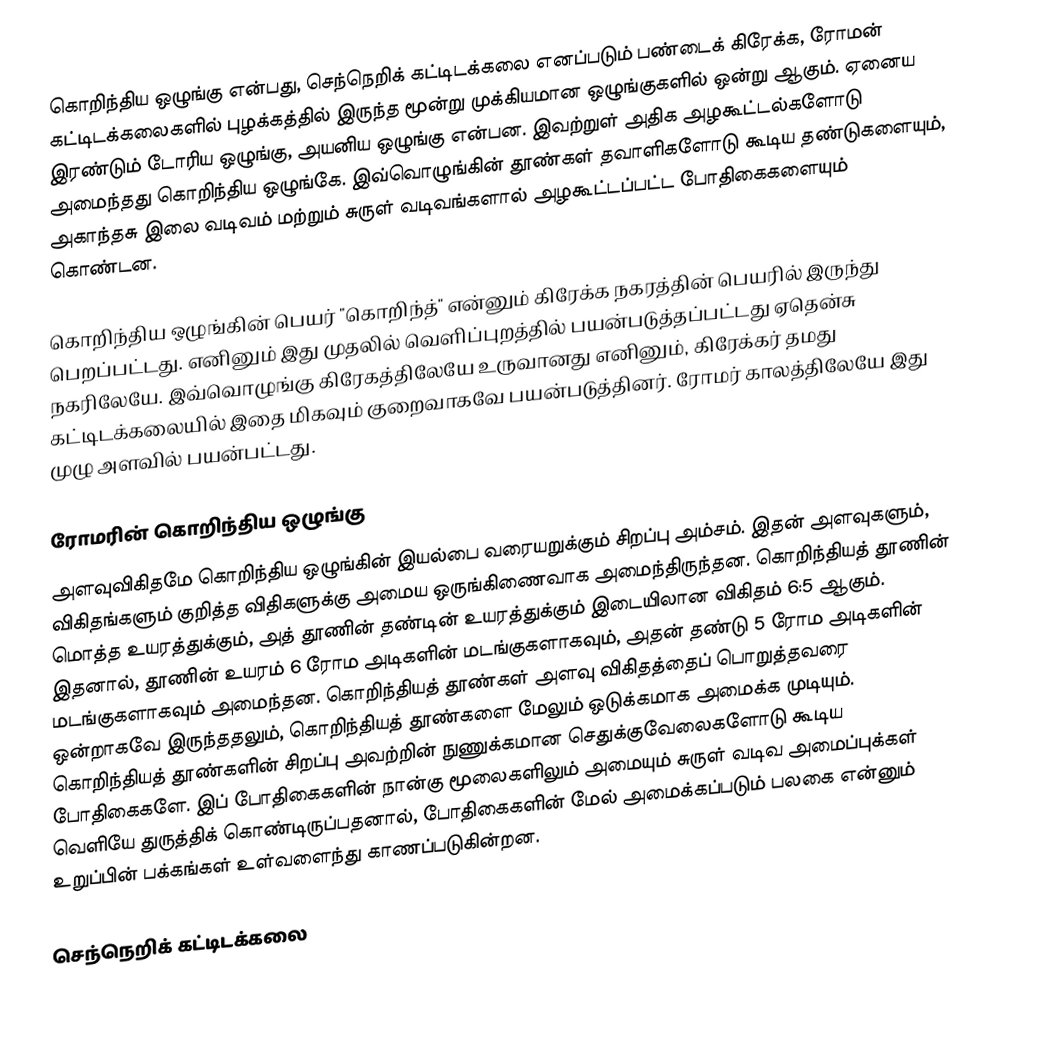
கொறிந்திய ஒழுங்கு என்பது, செந்நெறிக் கட்டிடக்கலை எனப்படும் பண்டைக் கிரேக்க, ரோமன் கட்டிடக்கலைகளில் புழக்கத்தில் இருந்த மூன்று முக்கியமான ஒழுங்குகளில் ஒன்று ஆகும். ஏனைய இரண்டும் டோரிய ஒழுங்கு, அயனிய ஒழுங்கு என்பன. இவற்றுள் அதிக அழகூட்டல்களோடு அமைந்தது கொறிந்திய ஒழுங்கே. இவ்வொழுங்கின் தூண்கள் தவாளிகளோடு கூடிய தண்டுகளையும், அகாந்தசு இலை வடிவம் மற்றும் சுருள் வடிவங்களால் அழகூட்டப்பட்ட போதிகைகளையும் கொண்டன.

கொறிந்திய ஒழுங்கின் பெயர் "கொறிந்த்" என்னும் கிரேக்க நகரத்தின் பெயரில் இருந்து பெறப்பட்டது. எனினும் இது முதலில் வெளிப்புறத்தில் பயன்படுத்தப்பட்டது ஏதென்சு நகரிலேயே. இவ்வொழுங்கு கிரேகத்திலேயே உருவானது எனினும், கிரேக்கர் தமது கட்டிடக்கலையில் இதை மிகவும் குறைவாகவே பயன்படுத்தினர். ரோமர் காலத்திலேயே இது முழு அளவில் பயன்பட்டது.

ரோமரின் கொறிந்திய ஒழுங்கு
அளவுவிகிதமே கொறிந்திய ஒழுங்கின் இயல்பை வரையறுக்கும் சிறப்பு அம்சம். இதன் அளவுகளும், விகிதங்களும் குறித்த விதிகளுக்கு அமைய ஒருங்கிணைவாக அமைந்திருந்தன. கொறிந்தியத் தூணின் மொத்த உயரத்துக்கும், அத் தூணின் தண்டின் உயரத்துக்கும் இடையிலான விகிதம் 6:5 ஆகும். இதனால், தூணின் உயரம் 6 ரோம அடிகளின் மடங்குகளாகவும், அதன் தண்டு 5 ரோம அடிகளின் மடங்குகளாகவும் அமைந்தன. கொறிந்தியத் தூண்கள் அளவு விகிதத்தைப் பொறுத்தவரை ஒன்றாகவே இருந்ததலும், கொறிந்தியத் தூண்களை மேலும் ஒடுக்கமாக அமைக்க முடியும். கொறிந்தியத் தூண்களின் சிறப்பு அவற்றின் நுணுக்கமான செதுக்குவேலைகளோடு கூடிய போதிகைகளே. இப் போதிகைகளின் நான்கு மூலைகளிலும் அமையும் சுருள் வடிவ அமைப்புக்கள் வெளியே துருத்திக் கொண்டிருப்பதனால், போதிகைகளின் மேல் அமைக்கப்படும் பலகை என்னும் உறுப்பின் பக்கங்கள் உள்வளைந்து காணப்படுகின்றன.

செந்நெறிக் கட்டிடக்கலை